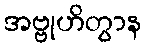
အဗ္ဗုဟိတွာန